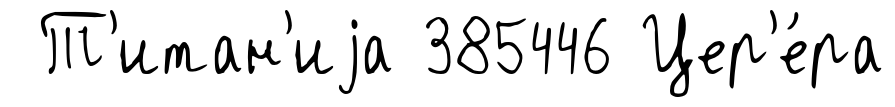
Т'итан'иjа 385446 Цер'е́ра